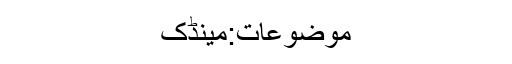
موضوعات:مینڈک